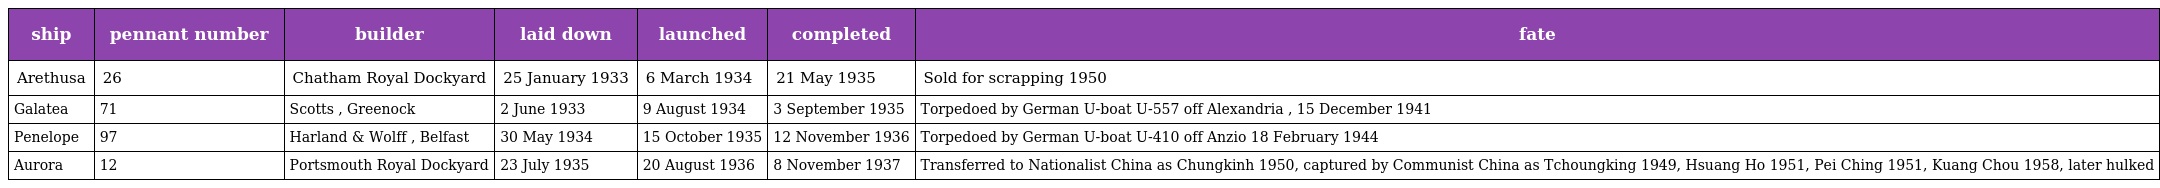
| ship | pennant number | builder | laid down | launched | completed | fate |
 | --- | --- | --- | --- | --- | --- | --- |
 | Arethusa | 26 | Chatham Royal Dockyard | 25 January 1933 | 6 March 1934 | 21 May 1935 | Sold for scrapping 1950 |
 | Galatea | 71 | Scotts , Greenock | 2 June 1933 | 9 August 1934 | 3 September 1935 | Torpedoed by German U-boat U-557 off Alexandria , 15 December 1941 |
 | Penelope | 97 | Harland & Wolff , Belfast | 30 May 1934 | 15 October 1935 | 12 November 1936 | Torpedoed by German U-boat U-410 off Anzio 18 February 1944 |
 | Aurora | 12 | Portsmouth Royal Dockyard | 23 July 1935 | 20 August 1936 | 8 November 1937 | Transferred to Nationalist China as Chungkinh 1950, captured by Communist China as Tchoungking 1949, Hsuang Ho 1951, Pei Ching 1951, Kuang Chou 1958, later hulked |